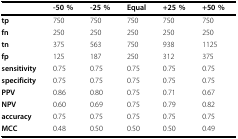
|  | -50 % | -25 % | Equal | +25 % | +50 % |
 | --- | --- | --- | --- | --- | --- |
 | tp | 750 | 750 | 750 | 750 | 750 |
 | fn | 250 | 250 | 250 | 250 | 250 |
 | tn | 375 | 563 | 750 | 938 | 1125 |
 | fp | 125 | 187 | 250 | 312 | 375 |
 | sensitivity | 0.75 | 0.75 | 0.75 | 0.75 | 0.75 |
 | specificity | 0.75 | 0.75 | 0.75 | 0.75 | 0.75 |
 | PPV | 0.86 | 0.80 | 0.75 | 0.71 | 0.67 |
 | NPV | 0.60 | 0.69 | 0.75 | 0.79 | 0.82 |
 | accuracy | 0.75 | 0.75 | 0.75 | 0.75 | 0.75 |
 | MCC | 0.48 | 0.50 | 0.50 | 0.50 | 0.49 |